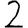
Digit: 2